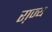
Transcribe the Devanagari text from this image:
रा़ज्य